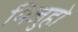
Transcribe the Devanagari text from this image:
मिजुहो